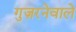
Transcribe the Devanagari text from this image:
गुज़रनेवाले